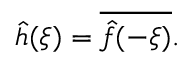
{ \hat { h } } ( \xi ) = { \overline { { { \hat { f } } ( - \xi ) } } } .